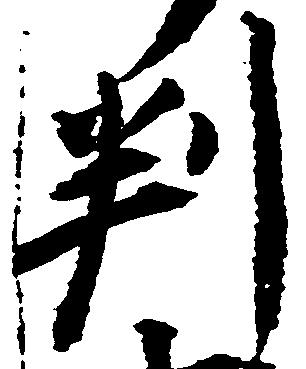
判